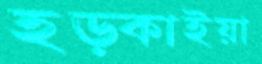
হড়্‌কাইয়া